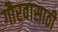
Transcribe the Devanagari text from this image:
गौरवासाठी